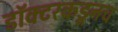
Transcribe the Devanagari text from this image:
डॉक्टरकडूनच